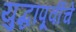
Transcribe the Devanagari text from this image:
युद्धापूर्वीचे